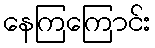
နေကြကြောင်း